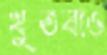
খুতবাও